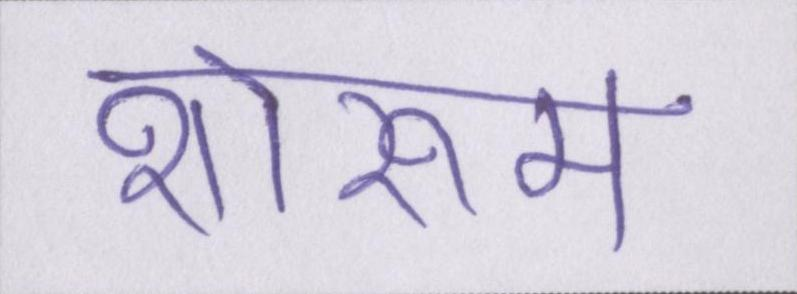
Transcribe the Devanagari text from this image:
शोरूम